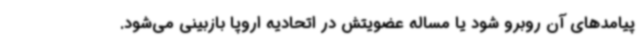
پیامدهای آن روبرو شود یا مساله عضویتش در اتحادیه اروپا بازبینی می‌شود.